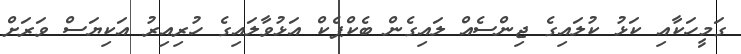
ގަމީހަކާއި ކަޅު ކުލައިގެ ޖިންސެއް ލައިގެން ބެކްޕެކް އަޅުވާލައިގެ ހުރިއިރު އަކިޔަސް ވަރަށް